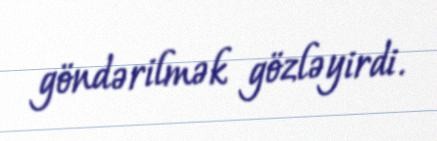
göndərilmək gözləyirdi.